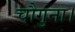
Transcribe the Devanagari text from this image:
चौगुना।